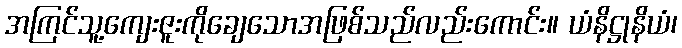
အကြင်သူ့ကျေးဇူးကိုချေသောအဖြစ်သည်လည်းကောင်း။ ယံနိဋ္ဌုနိယံ၊